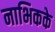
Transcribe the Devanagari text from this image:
नाभिकके